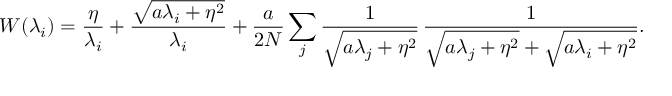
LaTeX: W ( \lambda _ { i } ) = \frac { \eta } { \lambda _ { i } } + \frac { \sqrt { a \lambda _ { i } + \eta ^ { 2 } } } { \lambda _ { i } } + \frac { a } { 2 N } \sum _ { j } \frac { 1 } { \sqrt { a \lambda _ { j } + \eta ^ { 2 } } } \, \frac { 1 } { \sqrt { a \lambda _ { j } + \eta ^ { 2 } } + \sqrt { \vphantom { \lambda _ { j } } a \lambda _ { i } + \eta ^ { 2 } } } .